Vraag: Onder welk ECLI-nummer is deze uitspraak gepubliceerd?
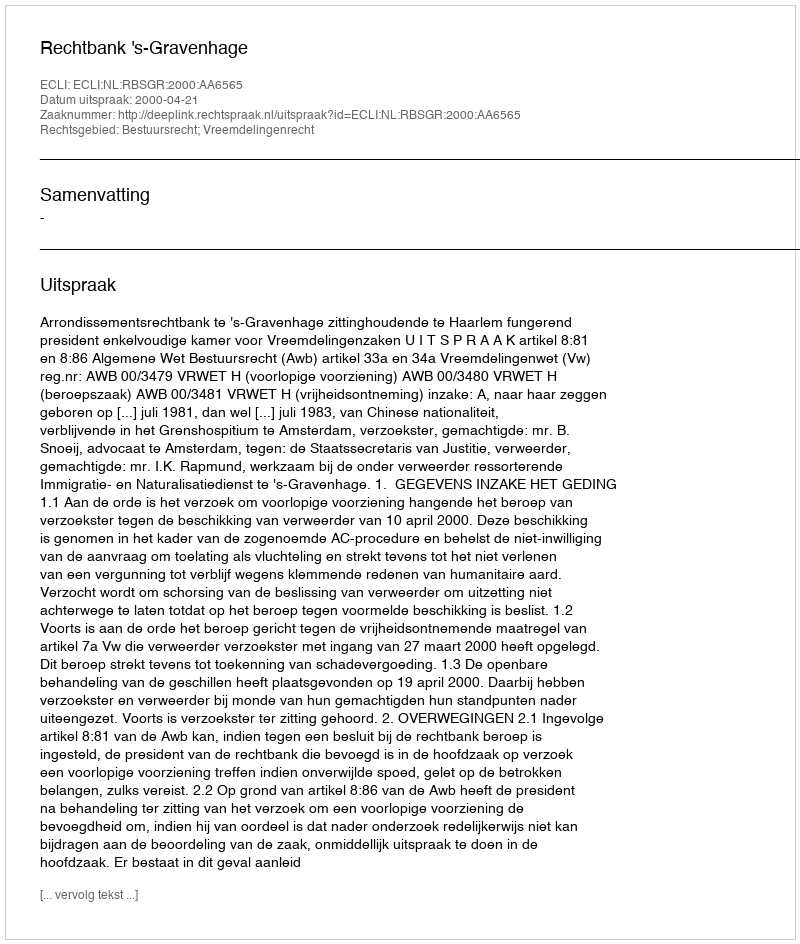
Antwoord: ECLI:NL:RBSGR:2000:AA6565